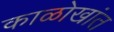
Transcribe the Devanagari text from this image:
काळोखांत